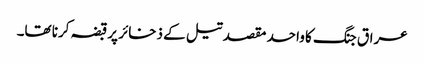
عراق جنگ کا واحد مقصد تیل کے ذخائر پرقبضہ کرنا تھا۔